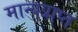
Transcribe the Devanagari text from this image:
मान्यप्राप्त